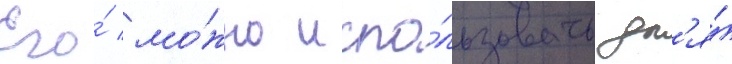
Его́ мо́жно испо́льзовать дл'я́